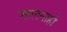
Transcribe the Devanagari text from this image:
जालनाही